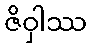
ဇိဝှါဿ